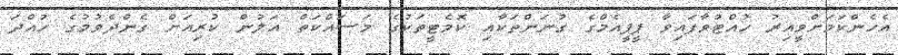
އެހެންކަމަށްވީއިރު ހުއްޓުވާފައިވާ ޕީޕީއެމްގެ ގުނަންތަކާއި ކޮމެޓީތަކުގެ މަސައްކަތް އަލުން ކުރިއަށް ގެންދެވުމުގެ ހުއްދަ